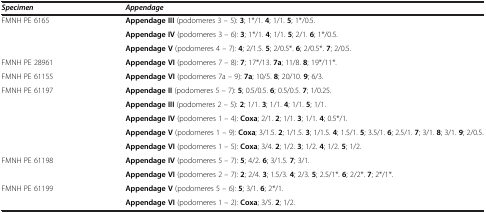
<table><thead><tr><td><b><i>Specimen</i></b></td><td><b><i>Appendage</i></b></td></tr></thead><tbody><tr><td>FMNH PE 6165</td><td><b>Appendage III</b> (podomeres 3 – 5): <b>3</b>; 1*/1. <b>4</b>; 1/1. <b>5</b>; 1*/0.5.</td></tr><tr><td> </td><td><b>Appendage IV</b> (podomeres 3 – 6): <b>3</b>; 1*/1. <b>4</b>; 1/1. <b>5</b>; 2/1. <b>6</b>; 1*/0.5.</td></tr><tr><td> </td><td><b>Appendage V</b> (podomeres 4 – 7): <b>4</b>; 2/1.5. <b>5</b>; 2/0.5*. <b>6</b>; 2/0.5*. <b>7</b>; 2/0.5.</td></tr><tr><td>FMNH PE 28961</td><td><b>Appendage VI</b> (podomeres 7 – 8): <b>7</b>; 17*/13. <b>7a</b>; 11/8. <b>8</b>; 19*/11*.</td></tr><tr><td>FMNH PE 61155</td><td><b>Appendage VI</b> (podomeres 7a – 9): <b>7a</b>; 10/5. <b>8</b>; 20/10. <b>9</b>; 6/3.</td></tr><tr><td>FMNH PE 61197</td><td><b>Appendage II</b> (podomeres 5 – 7): <b>5</b>; 0.5/0.5. <b>6</b>; 0.5/0.5. <b>7</b>; 1/0.25.</td></tr><tr><td> </td><td><b>Appendage III</b> (podomeres 2 – 5): <b>2</b>; 1/1. <b>3</b>; 1/1. <b>4</b>; 1/1. <b>5</b>; 1/1.</td></tr><tr><td> </td><td><b>Appendage IV</b> (podomeres 1 – 4): <b>Coxa</b>; 2/1. <b>2</b>; 1/1. <b>3</b>; 1/1. <b>4</b>; 0.5*/1.</td></tr><tr><td> </td><td><b>Appendage V</b> (podomeres 1 – 9): <b>Coxa</b>; 3/1.5. <b>2</b>; 1/1.5. <b>3</b>; 1/1.5. <b>4</b>; 1.5/1. <b>5</b>; 3.5/1. <b>6</b>; 2.5/1. <b>7</b>; 3/1. <b>8</b>; 3/1. <b>9</b>; 2/0.5.</td></tr><tr><td> </td><td><b>Appendage VI</b> (podomeres 1 – 5): <b>Coxa</b>; 3/4. <b>2</b>; 1/2. <b>3</b>; 1/2. <b>4</b>; 1/2. <b>5</b>; 1/2.</td></tr><tr><td>FMNH PE 61198</td><td><b>Appendage IV</b> (podomeres 5 – 7): <b>5</b>; 4/2. <b>6</b>; 3/1.5. <b>7</b>; 3/1.</td></tr><tr><td> </td><td><b>Appendage VI</b> (podomeres 2 – 7): <b>2</b>; 2/4. <b>3</b>; 1.5/3. <b>4</b>; 2/3. <b>5</b>; 2.5/1*. <b>6</b>; 2/2*. <b>7</b>; 2*/1*.</td></tr><tr><td>FMNH PE 61199</td><td><b>Appendage V</b> (podomeres 5 – 6): <b>5</b>; 3/1. <b>6</b>; 2*/1.</td></tr><tr><td> </td><td><b>Appendage VI</b> (podomeres 1 – 2): <b>Coxa</b>; 3/5. <b>2</b>; 1/2.</td></tr></tbody></table>